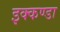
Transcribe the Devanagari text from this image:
इक्कण्डा